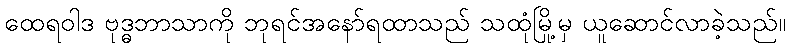
ထေရဝါဒ ဗုဒ္ဓဘာသာကို ဘုရင်အနော်ရထာသည် သထုံမြို့မှ ယူဆောင်လာခဲ့သည်။